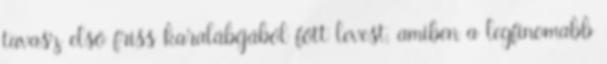
tavasz első friss karalábéjából főtt levest, amiben a legfinomabb